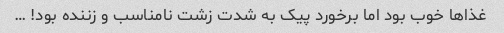
غذاها خوب بود اما برخورد پیک به شدت زشت نامناسب و زننده بود! …